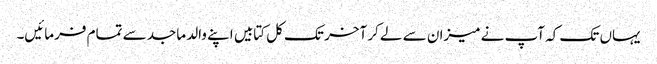
یہاں تک کہ آپ نے میزان سے لے کر آخر تک کل کتابیں اپنے والد ماجد سے تمام فرمائیں۔